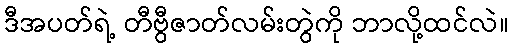
ဒီအပတ်ရဲ့ တီဗွီဇာတ်လမ်းတွဲကို ဘာလို့ထင်လဲ။